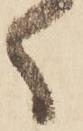
く